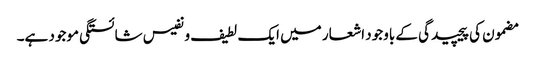
مضمون کی پیچیدگی کے باوجود اشعار میں ایک لطیف و نفیس شائستگی موجود ہے۔